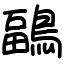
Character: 鶝